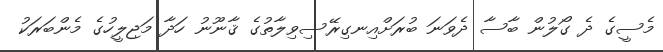
މެސީގެ ދެ ގޯލުން ބާސާ ދެވަނަ ބުރަށްއިނގިރޭސިވިލާތުގެ ޤާނޫނު ހަދާ މަޖިލީހުގެ މެންބަރަކު